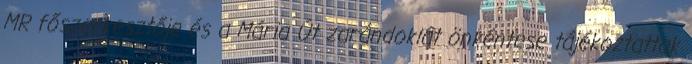
MR főszerkesztője és a Mária Út zarándoklat önkéntese tájékoztattak